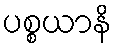
ပစ္စယာနိ